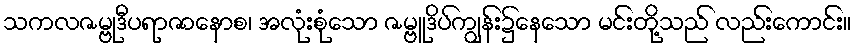
သကလဇမ္ဗုဒီပရာဇာနောစ၊ အလုံးစုံသော ဇမ္ဗူဒိပ်ကျွန်း၌နေသော မင်းတို့သည် လည်းကောင်း။